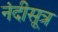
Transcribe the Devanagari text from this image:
नंदीसूत्र